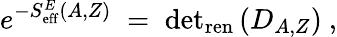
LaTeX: e^{-S_{\mathrm{eff}}^{E}(A,Z)}\; =\; \mathrm{det}_{\mathrm{ren}}\left(D_{A,Z}\right)~,